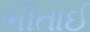
ભીતાઈ